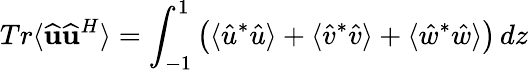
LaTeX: Tr\langle\widehat{\mathbf{u}}\widehat{\mathbf{u}}^{H}\rangle=\int_{-1}^{1}\left(\langle\hat{u}^{*}\hat{u}\rangle+\langle\hat{v}^{*}\hat{v}\rangle+\langle\hat{w}^{*}\hat{w}\rangle\right)\, dz